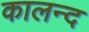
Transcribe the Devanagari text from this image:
कालन्द